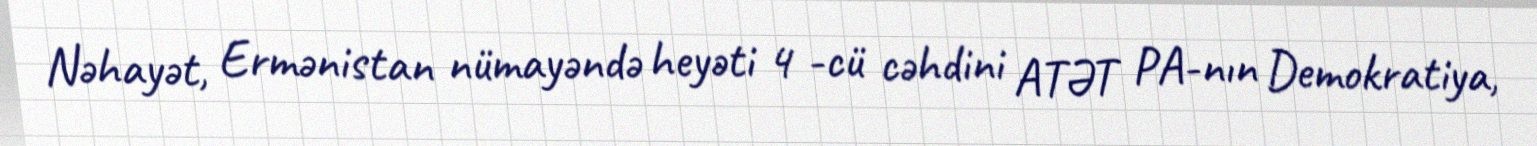
Nəhayət, Ermənistan nümayəndə heyəti 4 -cü cəhdini ATƏT PA-nın Demokratiya,